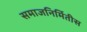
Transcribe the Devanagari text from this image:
समाजनिर्मितीस